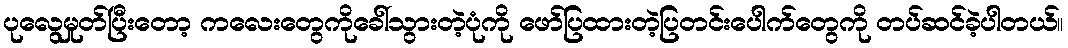
ပုလွေမှုတ်ပြီးတော့ ကလေးတွေကိုခေါ်သွားတဲ့ပုံကို ဖော်ပြထားတဲ့ပြတင်းပေါက်တွေကို တပ်ဆင်ခဲ့ပါတယ်။